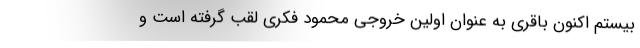
بیستم اکنون باقری به عنوان اولین خروجی محمود فکری لقب گرفته است و